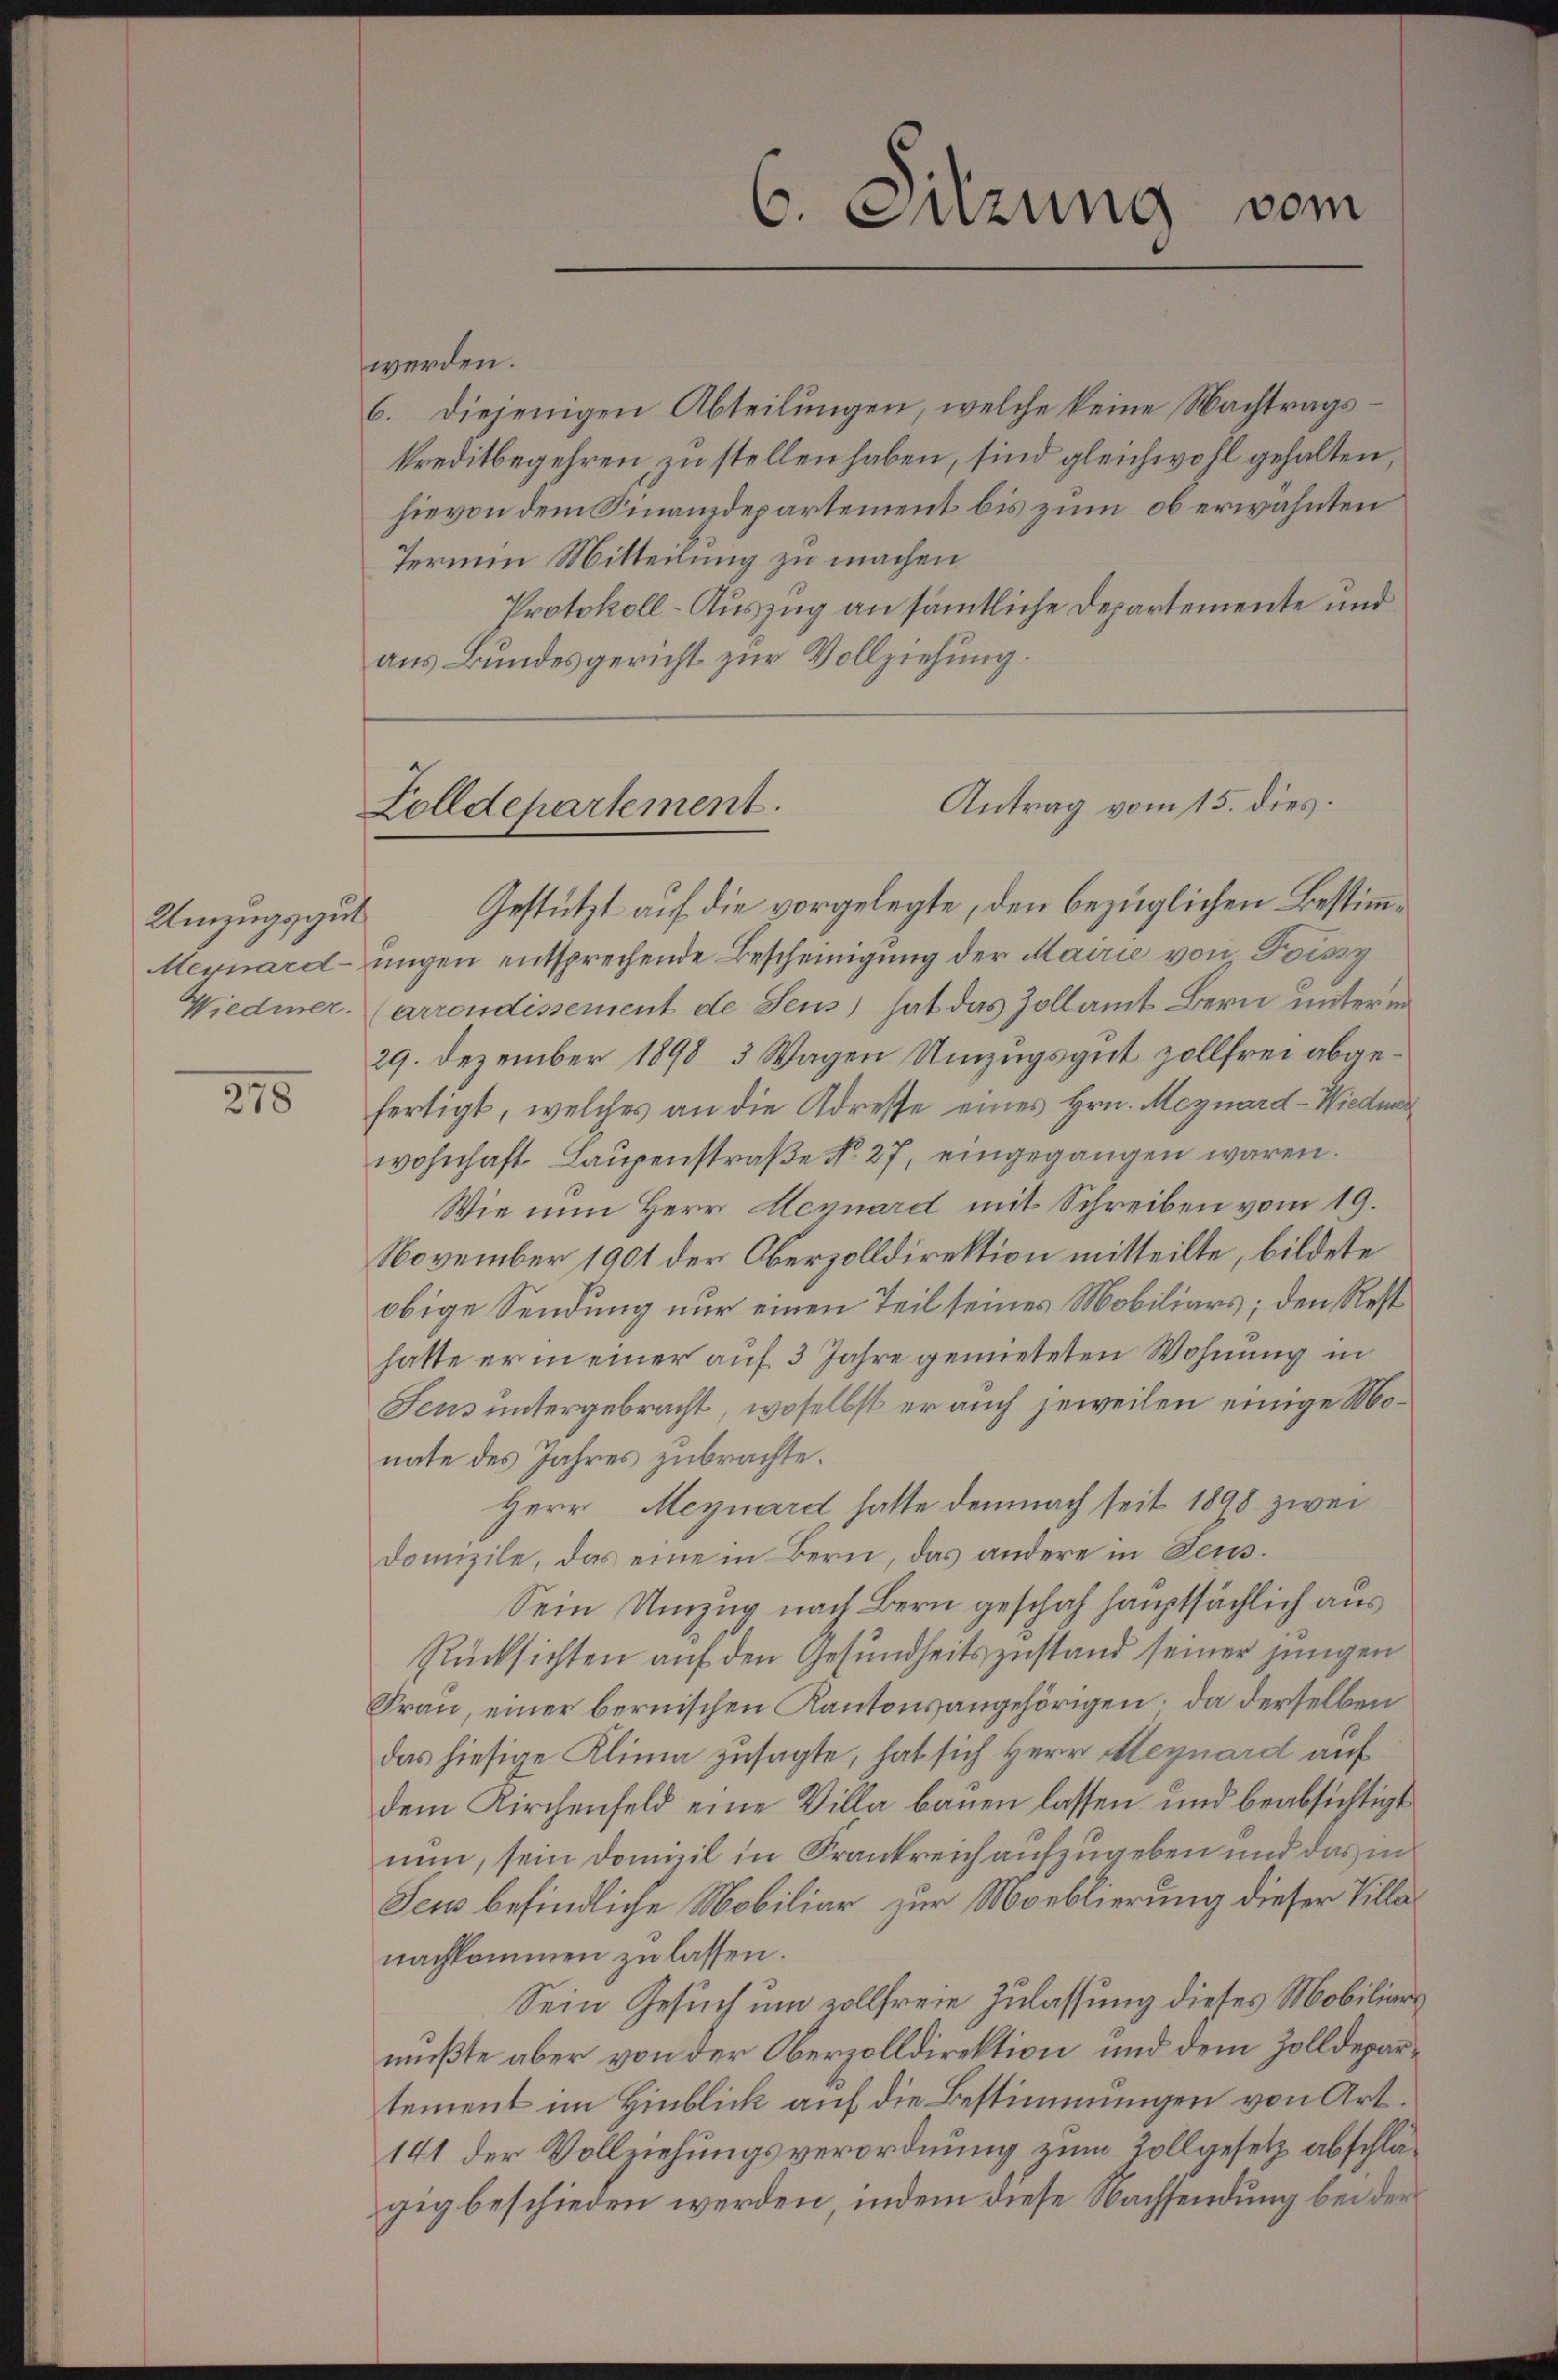
Umzugsgut

215

werden.
6. diejenigen Abteilungen, welche keine Nachtragskreditbegehren, zu stellen haben, sind gleichwohl gehalten,
hievon dem Finanzdepartement bis zum ob erwähnten
Termin Mitteilung zu machen
Protokoll-Auszug an sämtliche Departemente und
aus Bundesgericht zur Vollziehung.

6. Suzung vom

Antrag vom 15. dies
Zolldepartement.

Gestützt auf die vorgelegte, den bezüglichen Bestimm¬
Megnard- ungen entsprechende Bescheinigung der Mairie von Poiss
Wiedmer arrondissement de Sens) hat das Zollamt Bern unterm
29. Dezember 1898 3 Wagen Umzugsgut zollfrei abgefertigt, welches an die Adresse eines Hrn. Meynard-Wiedmer
wohnhaft Laupenstraße No. 27, eingegangen waren.
Wie nun Herr Hegnard mit Schreiben vom 19.
November 1901 der Oberzolldirektion mitteilte, bildete
obige Sendung nur einen Teil seines Mobiliars; den Rest
hatte er in einer auf 3 Jahre gemieteten Wohnung in
Feus untergebracht, woselbst er auch jeweilen einige Monate des Jahres zubrachte.
Herr Meynard, hatte demnach seit 1898 zwei
domizile, das eine in Bern, das andere in Feus¬
Sein Umzug nach Bern geschah hauptsächlich aus
Rücksichten auf den Gesundheitszustand seiner jungen
Frau, einer bernischen Kantonsangehörigen; da derselben
das hiesige Klima zusagte, hat sich Herr Meynard auf
dem Kirchenfeld eine Villa bauen lassen und beabsichtigt
nun, sein Domizil in Frankreich aufzugeben und das in
Seus befindliche Mobiliar zur Moeblierung dieser Villanachkommen zu lassen.
Sein Gesuch um vollfreie Zulassung dieses Mobiliars
mußte aber von der Oberzolldirektion und dem Zolldepartement im Hinblick auf die Bestimmungen von Art.
141 der Vollziehungsverordnung zum Rollgesetz abschlägig beschieden werden, indem diese Nachsendung bei der